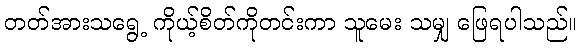
တတ်အားသရွေ့ ကိုယ့်စိတ်ကိုတင်းကာ သူမေး သမျှ ဖြေရပါသည်။